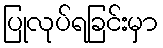
ပြုလုပ်ရခြင်းမှာ